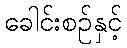
ခေါင်းစဉ်နှင့်